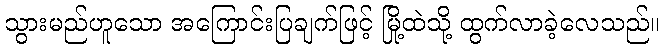
သွားမည်ဟူသော အကြောင်းပြချက်ဖြင့် မြို့ထဲသို့ ထွက်လာခဲ့လေသည်။